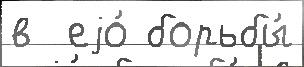
в  еjо́ борьбы́